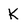
Character: K